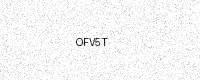
Text: OFV5T